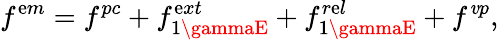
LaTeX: f^{\mathrm{e}m}=f^{pc}+f_{1\gammaE}^{\mathrm{e}xt}+f_{1\gammaE}^{r\mathrm{e}l}+f^{\mathit{v}p},